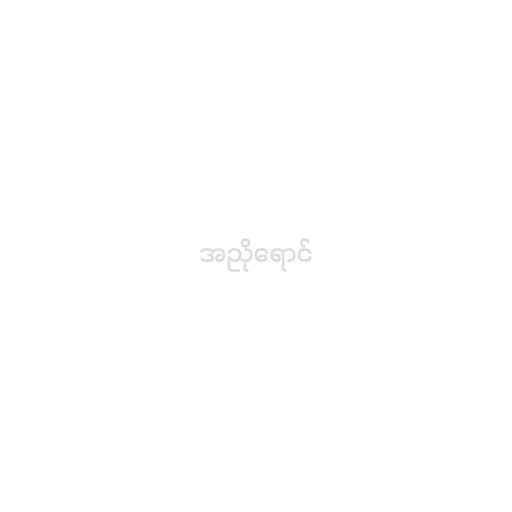
အညိုရောင်